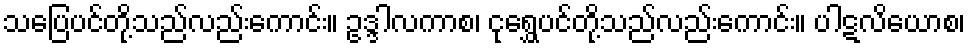
သပြေပင်တို့သည်လည်းကောင်း။ ဥဒ္ဒါလကာစ၊ ငုရွှေပင်တို့သည်လည်းကောင်း။ ပါဋလိယောစ၊